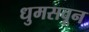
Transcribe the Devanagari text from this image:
धुमसवून